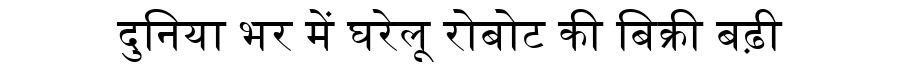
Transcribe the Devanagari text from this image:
दुनिया भर में घरेलू रोबोट की बिक्री बढ़ी